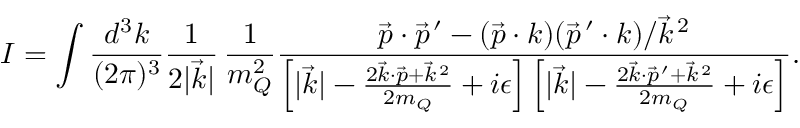
I = \int \frac { d ^ { 3 } k } { ( 2 \pi ) ^ { 3 } } \frac { 1 } { 2 | \vec { k } | } \, \frac { 1 } { m _ { Q } ^ { 2 } } \frac { \vec { p } \cdot \vec { p } ^ { \, \prime } - ( \vec { p } \cdot k ) ( \vec { p } ^ { \, \prime } \cdot k ) / \vec { k } ^ { \, 2 } } { \left[ | \vec { k } | - \frac { 2 \vec { k } \cdot \vec { p } + \vec { k } ^ { \, 2 } } { 2 m _ { Q } } + i \epsilon \right] \left[ | \vec { k } | - \frac { 2 \vec { k } \cdot \vec { p } ^ { \, \prime } + \vec { k } ^ { \, 2 } } { 2 m _ { Q } } + i \epsilon \right] } .